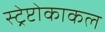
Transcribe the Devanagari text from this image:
स्ट्रेप्टोकाकल